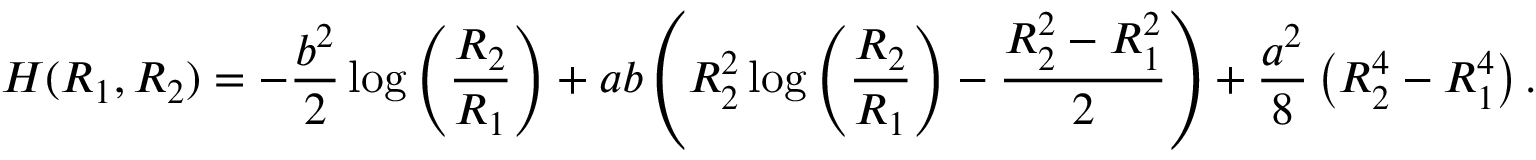
H ( R _ { 1 } , R _ { 2 } ) = - \frac { b ^ { 2 } } { 2 } \log \left( \frac { R _ { 2 } } { R _ { 1 } } \right) + a b \left( R _ { 2 } ^ { 2 } \log \left( \frac { R _ { 2 } } { R _ { 1 } } \right) - \frac { R _ { 2 } ^ { 2 } - R _ { 1 } ^ { 2 } } { 2 } \right) + \frac { a ^ { 2 } } { 8 } \left( R _ { 2 } ^ { 4 } - R _ { 1 } ^ { 4 } \right) .